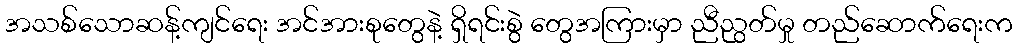
အသစ်သောဆန့်ကျင်ရေး အင်အားစုတွေနဲ့ ရှိရင်းစွဲ တွေအကြားမှာ ညီညွတ်မှု တည်ဆောက်ရေးက